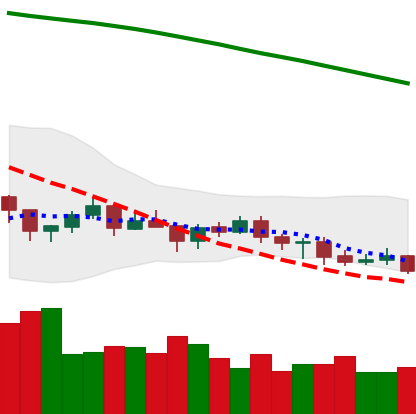
Ticker: BTC-USD
Chart end date: 2021-07-19
Forward return: 11.275%
Label: up_7plus